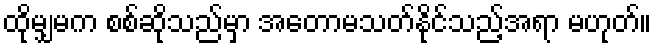
ထိုမျှမက စစ်ဆိုသည်မှာ အတောမသတ်နိုင်သည့်အရာ မဟုတ်။